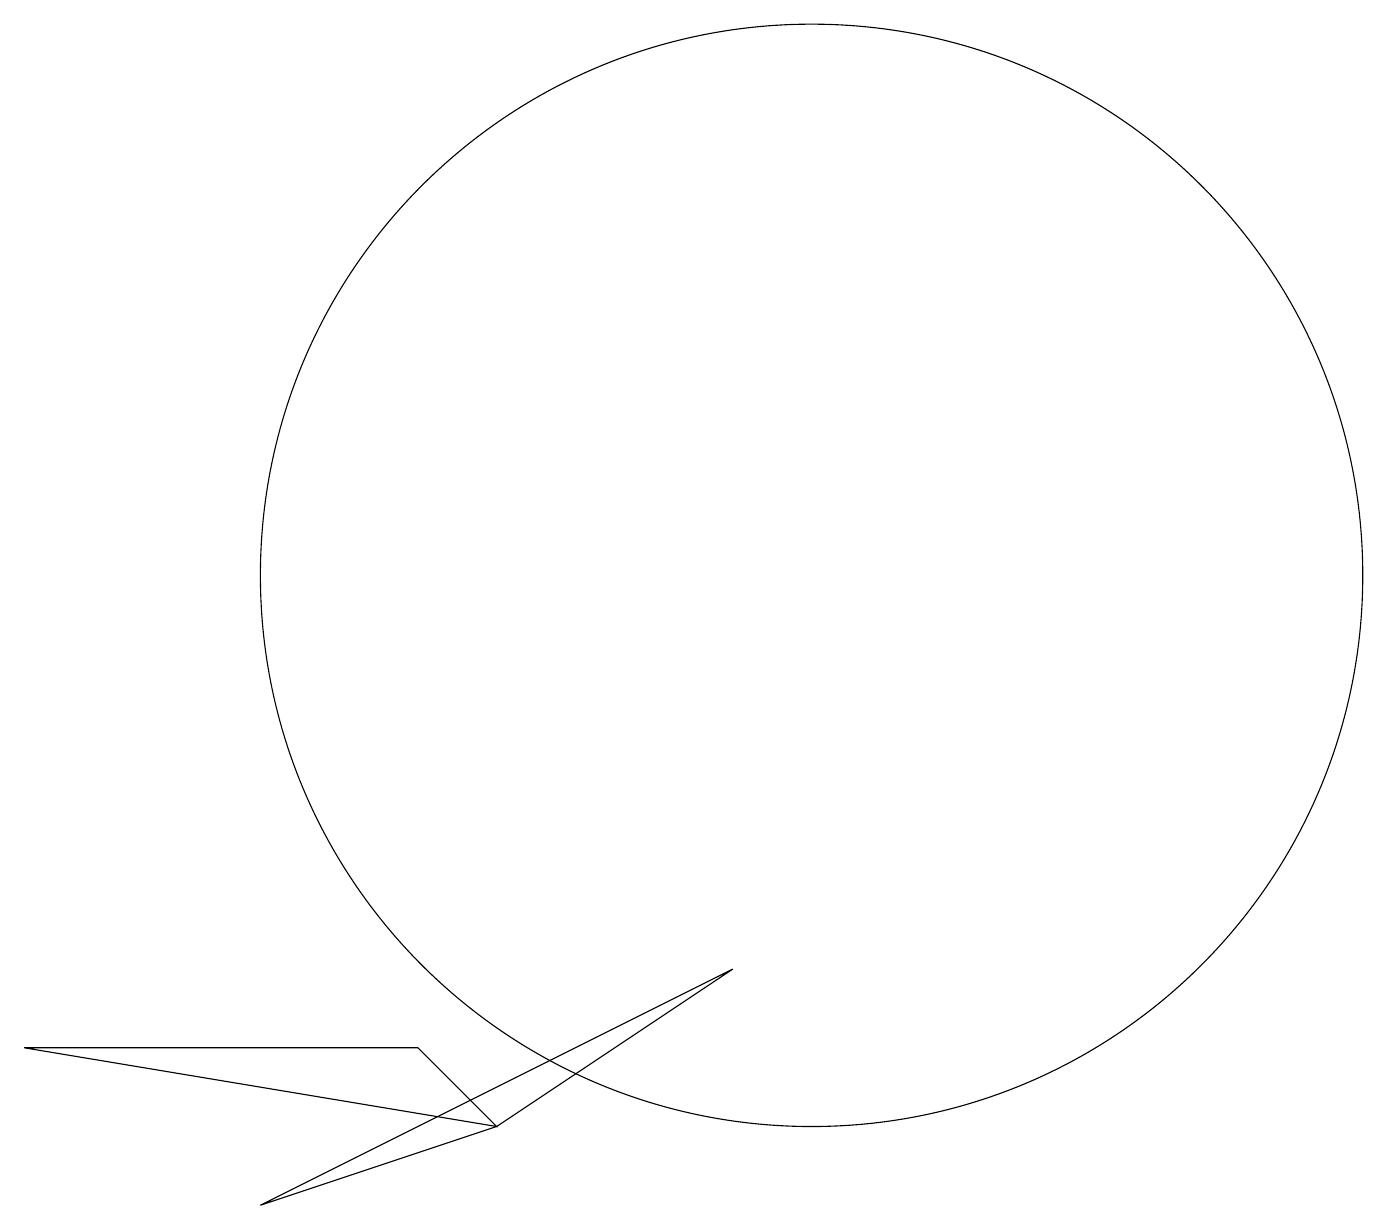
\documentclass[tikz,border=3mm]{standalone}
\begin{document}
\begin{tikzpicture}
\draw (6,4) -- (5,5) -- (0,5) -- cycle;
\draw (3,3) -- (9,6) -- (6,4) -- cycle;
\draw (10,11) circle (7);
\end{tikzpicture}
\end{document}